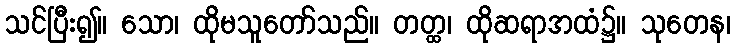
သင်ပြီး၍။ သော၊ ထိုမသူတော်သည်။ တတ္ထ၊ ထိုဆရာအထံ၌။ သုတေန၊